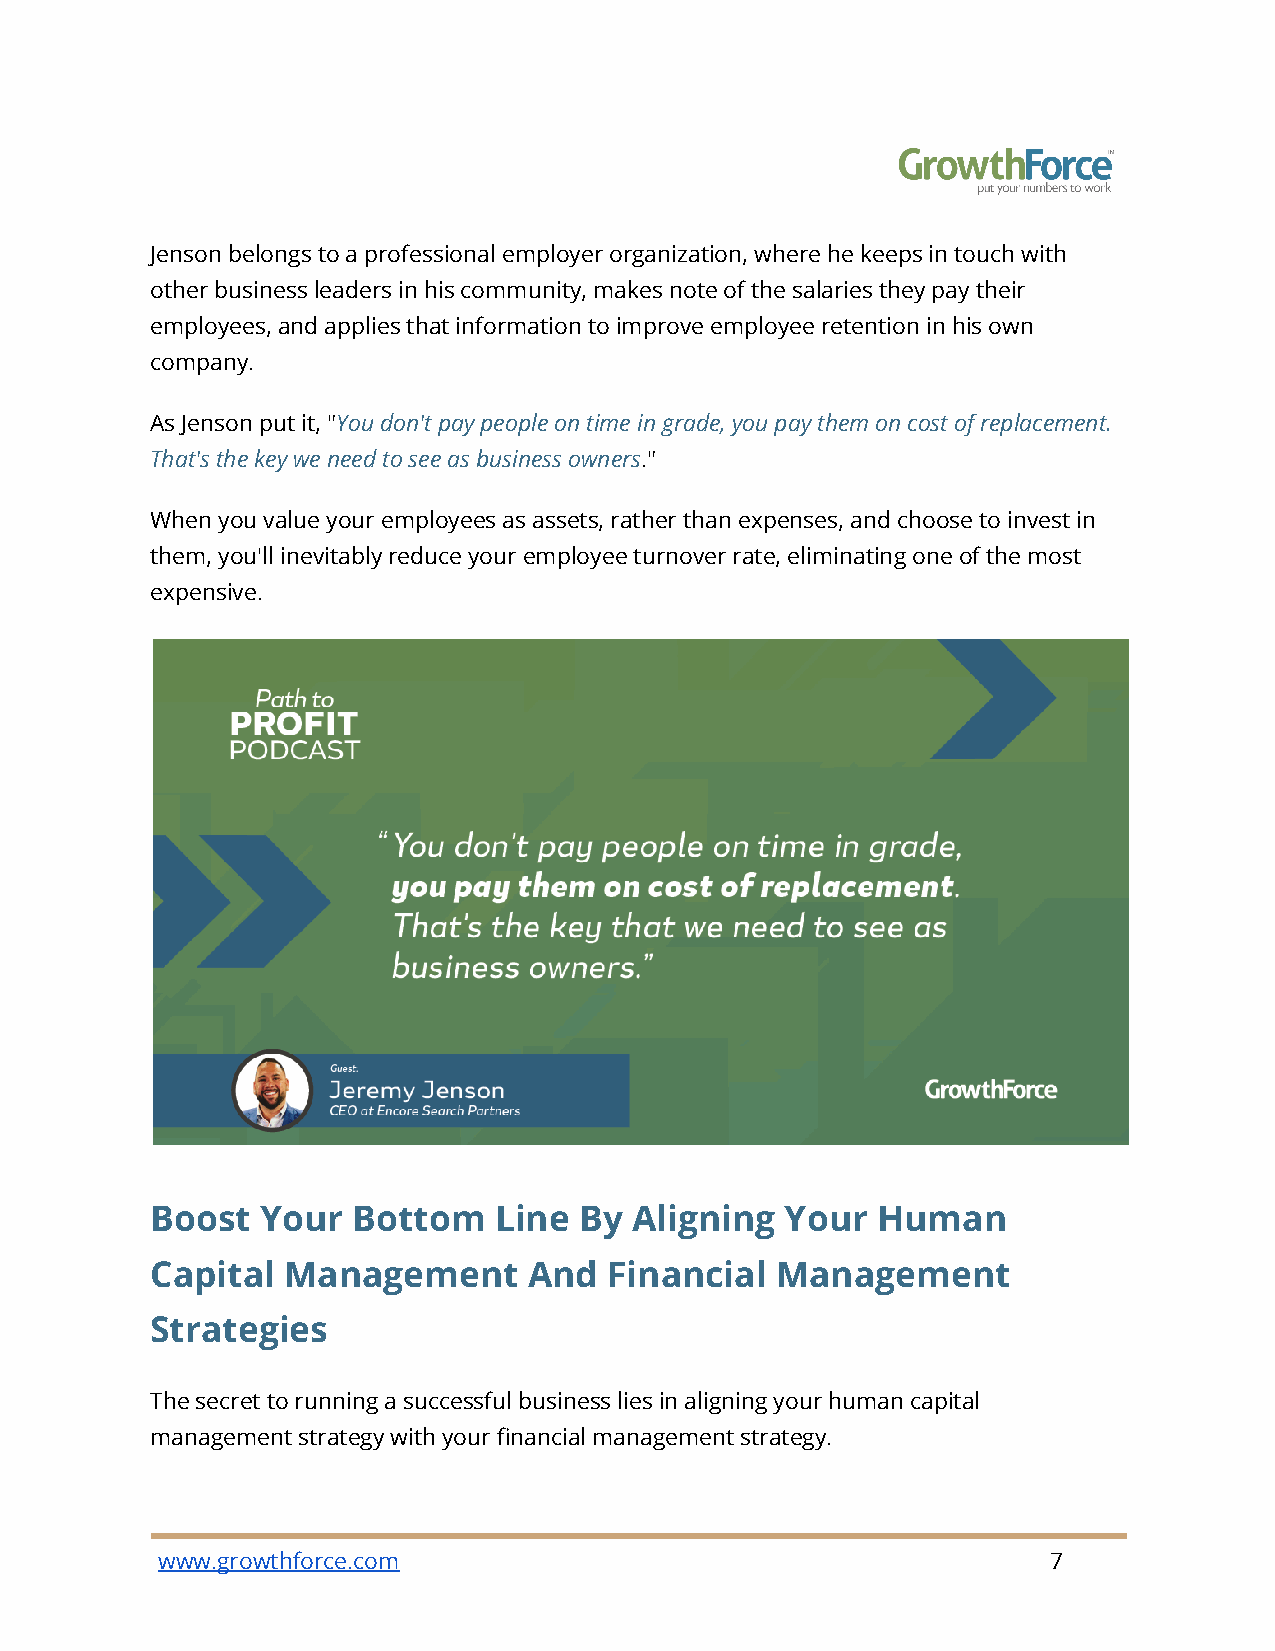
Jenson belongs to a professional employer organization, where he keeps in touch with
 other business leaders in his community, makes note of the salaries they pay their
 employees, and applies that information to improve employee retention in his own
 company.
 As Jenson put it, "You don't pay people on time ingrade, you pay them on cost of replacement.
 That's the key we need to see as business owners."
 When you value your employees as assets, rather than expenses, and choose to invest in
 them, you'll inevitably reduce your employee turnover rate, eliminating one of the most
 expensive.
 Boost  Your  Bottom    Line By  Aligning  Your  Human
 Capital  Management      And  Financial  Management
 Strategies
 The secret to running a successful business lies in aligning your human capital
 management strategy with your financial management strategy.
 www.growthforce.com                                         7